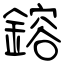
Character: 鎔